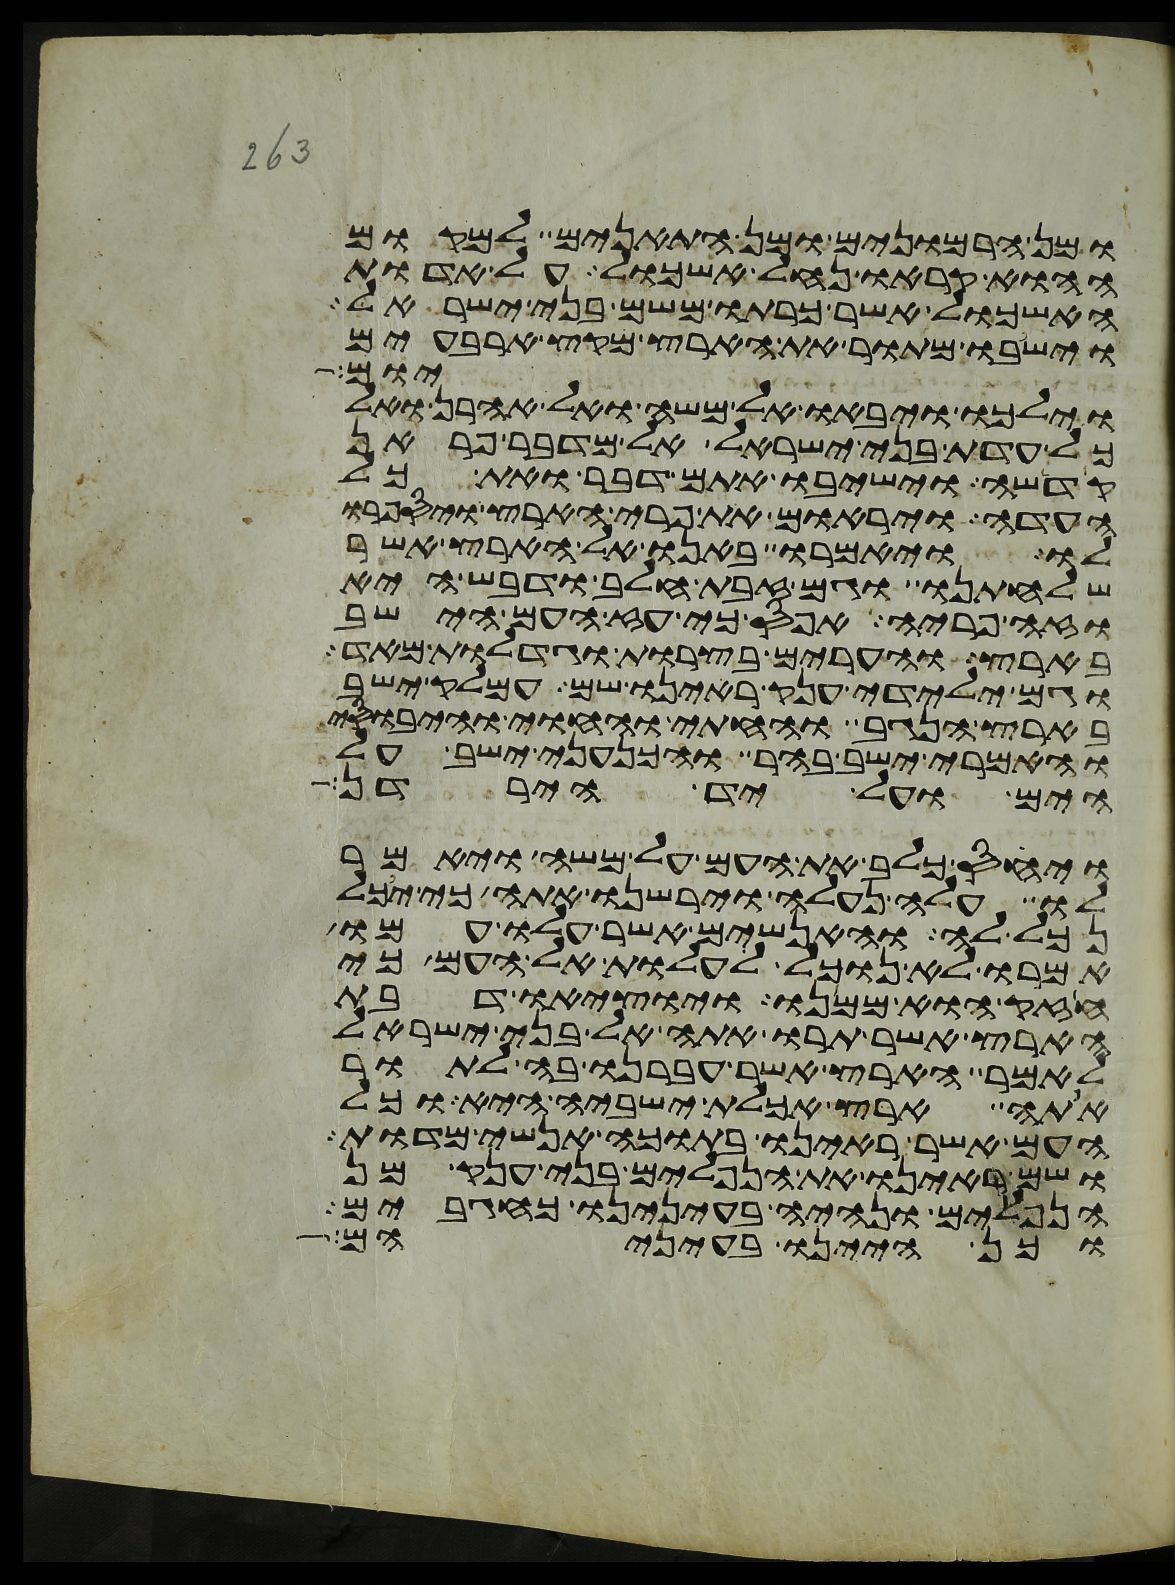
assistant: ומן הרמונים ומן התאנים למקום
ההוא קראו נחל אשכול על אדות
האשכול אשר כרתו משם בני ישראל
וישבו מתור את הארץ מקץ ארבעים
יום
וילכו ויבאו אל משה ואל אהרן ואל
כל עדת בני ישראל אל מדבר פראן
קדשה וישיבו אתם דבר ואת כל
העדה ויראום את פרי הארץ ויספרו
לו ויאמרו באנו אל הארץ אשר
שלחתנו וגם זבת חלב ודבש היא
וזה פריה אפס כי עז העם הישב
בארץ והערים בצרות וגדלות מאד
וגם ילידי ענק ראינו שם עמלק ישב
בארץ הנגב והחתי והחוי והיבוסי
והאמרי ישב בהר והכנעני ישב על
הים ועל יד הירדן
ויחס כלב את העם על משה ויאמר
לו עלה נעלה וירשנו אתה כי יכל
נכל לה והאנשים אשר עלו עמו
אמרו לא נוכל לעלות אל העם כי
חזק הוא ממנו ויוציאו דבת
הארץ אשר תרו אתה אל בני ישראל
לאמר הארץ אשר עברנו בה לתור
אתה ארץ אכלת ישביה היא וכל
העם אשר ראינו בתוכה אנשי מדות
ושם ראינו את הנפלים בני ענק מן
הנפלים ונהיה בעינינו כחגבים
וכן היינו בעיניהם